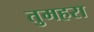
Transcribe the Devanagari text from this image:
तुमहरा